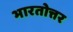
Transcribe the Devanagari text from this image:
भारतोत्तर